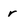
Character: r